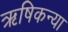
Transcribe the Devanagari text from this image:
ऋषिकन्या